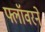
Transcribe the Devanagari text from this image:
फ्लॉवरने